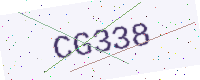
Text: CG338